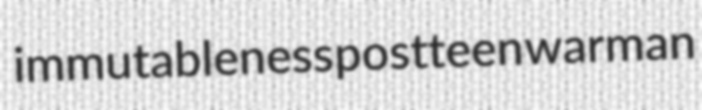
immutableness postteen warman